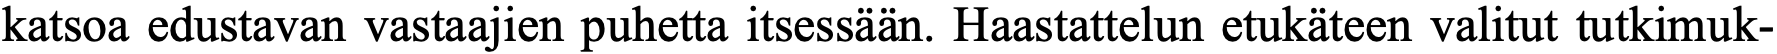
katsoa edustavan vastaajien puhetta itsessään. Haastattelun etukäteen valitut tutkimuk-